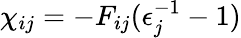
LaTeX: \chi_{ij}=-F_{ij}(\epsilon_{j}^{-1}-1)